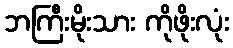
ဘကြီးမိုးသား ကိုဖိုးလုံး